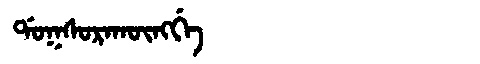
Manchu: ᡩᠣᡴᠰᠣᡵᠠᡴᡡᠩᡤᡝ
Romanization: DOKSORAKŪNGGE